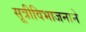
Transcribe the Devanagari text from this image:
सूत्रीविभाजनाने